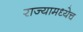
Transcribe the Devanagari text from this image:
राज्यामध्येच